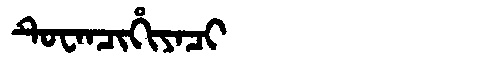
Manchu: ᡨᡠᠸᠠᠨᠴᡳᡥᡳᠶᠠᠴᡳ
Romanization: TUWANCIHIYACI